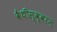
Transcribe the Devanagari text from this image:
वैथीस्व्वरन